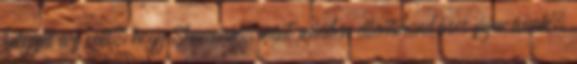
helyzet az volt, hogy Shawnak, mint minden ellentmondásos figurának,